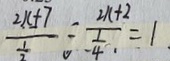
\frac { 2 x + 7 } { \frac { 1 } { 2 } } \div \frac { 2 x + 2 } { \frac { 1 } { 4 } } = 1